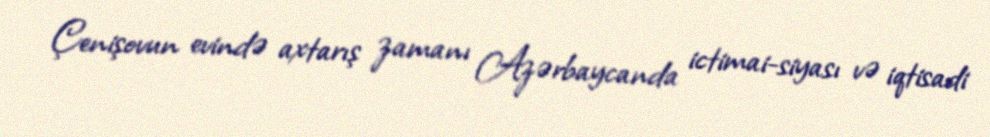
Çenişovun evində axtarış zamanı Azərbaycanda ictimai-siyası və iqtisadi